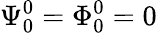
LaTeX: \Psi_{0}^{0}=\Phi_{0}^{0}=0